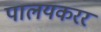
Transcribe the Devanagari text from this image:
पालयकरर